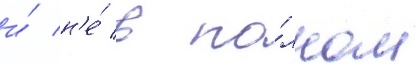
и́ н'е́ в по́лном